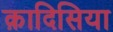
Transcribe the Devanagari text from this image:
क़ादिसिया